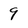
Character: 9